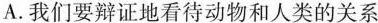
A.我们要辩证地看待动物和人类的关系